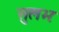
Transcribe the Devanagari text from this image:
सुलभः